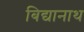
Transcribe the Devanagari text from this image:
बिद्यानाथ